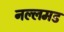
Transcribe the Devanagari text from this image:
नल्लमड